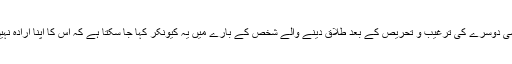
کسی دوسرے کی ترغیب و تحریص کے بعد طلاق دینے والے شخص کے بارے میں یہ کیونکر کہا جا سکتا ہے کہ اس کا اپنا ارادہ نہیں؟